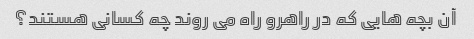
آن بچه هایی که در راهرو راه می روند چه کسانی هستند؟